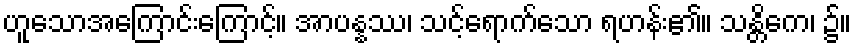
ဟူသောအကြောင်းကြောင့်။ အာပန္နဿ၊ သင့်ရောက်သော ရဟန်း၏။ သန္တိကေ၊ ၌။